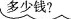
多少钱?